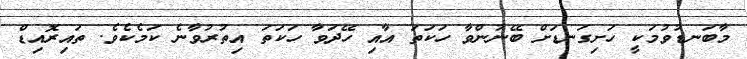
މާބަނޑުވުމަކީ ހަށިގަނޑަށް ބޭނުންވާ ހަކަތަ އާއި ހޭދަވާ ހަކަތަ އިތުރުވާނެ ކަމެކެވެ. ތައިރޮއިޑް